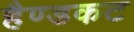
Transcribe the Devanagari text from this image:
हैण्डकट